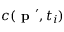
c ( \textbf { p } ^ { \prime } , t _ { i } )